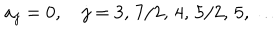
LaTeX: a _ { j } = 0 , \quad j = 3 , \, 7 / 2 , \, 4 , \, 5 / 2 , \, 5 , \, \ldots